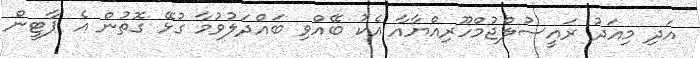
އަދި މިއަދު ރައީސުލްޖުމްހޫރިއްޔާއާ އެކު ބޭއްވި ބައްދަލުވުމާ ގުޅޭ ގޮތުން އެ ޕާޓީން